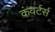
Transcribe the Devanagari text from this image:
कंवर्टर्स